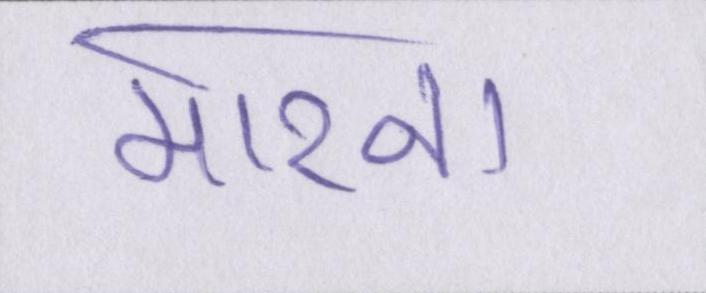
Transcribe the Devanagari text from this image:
मारना